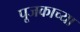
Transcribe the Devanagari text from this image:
पूजकाच्या